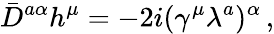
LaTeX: \bar{D}^{a\alpha}h^{\mu}=-2i(\gamma^{\mu}\lambda^{a})^{\alpha}\, ,